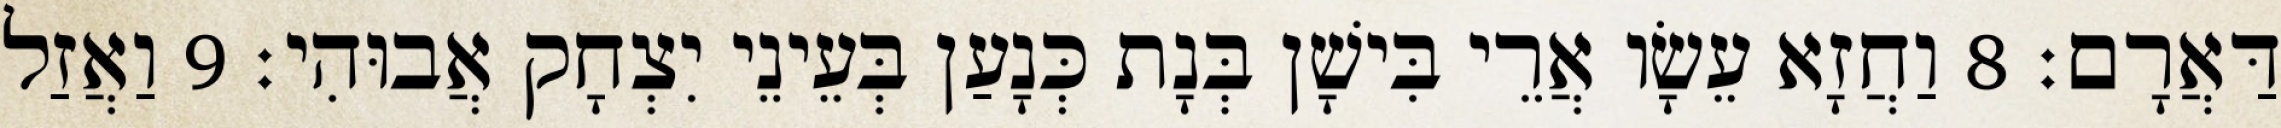
דַּאֲרָם׃ 8 וַחֲזָא עֵשָׂו אֲרֵי בִּישָׁן בְּנָת כְּנָעַן בְּעֵינֵי יִצְחָק אֲבוּהִי׃ 9 וַאֲזַל